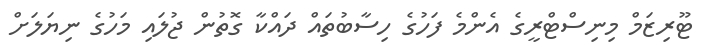
ޓޫރިޒަމް މިނިސްޓްރީގެ އެންމެ ފަހުގެ ހިސާބުތައް ދައްކާ ގޮތުން ޖުލައި މަހުގެ ނިޔަލަށް